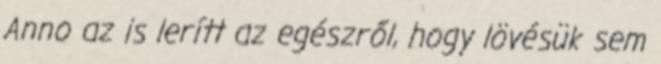
Anno az is lerítt az egészről, hogy lövésük sem